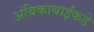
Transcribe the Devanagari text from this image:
अंबिकाबाईंकडे